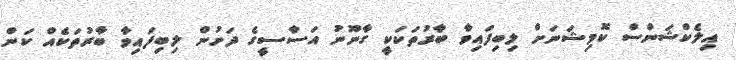
އިލެކްޝަންސް ކޮމިޝަނަށް ލިބިފައިވާ ބާރުތަކަކީ ގާނޫނު އަސާސީގެ ދަށުން ލިބިފައިވާ ބާރުތަކެއް ކަން